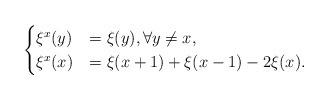
\begin{align*} \begin{cases}\xi^x(y)&=\xi(y), \forall y \ne x,\\\xi^x(x)&=\xi(x+1)+\xi(x-1)-2\xi(x). \end{cases}\end{align*}